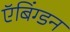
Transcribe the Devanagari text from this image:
ऍबिंग्डन